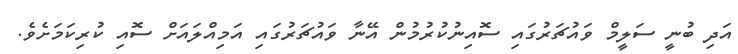
އަދި ބުނީ ސަލީމް ވައުޗަރުގައި ސޮއިނުކުރުމުން އޭނާ ވައުޗަރުގައި އަމިއްލައަށް ސޮއި ކުރިކަމަށެވެ.